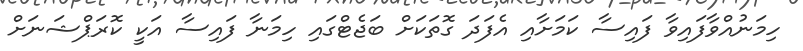
ހިމަނުއްވާފައިވާ ފައިސާ ކަމަށާއި އެފަދަ ގޮތަކަށް ބަޖެޓްގައި ހިމަނާ ފައިސާ އަކީ ކޮރަޕްޝަނަށް